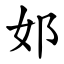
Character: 邚